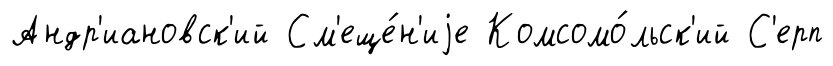
Андр'иановск'ий См'еще́н'иjе Комсомо́льск'ий С'ерп